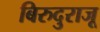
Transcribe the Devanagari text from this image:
बिरुदुराजू